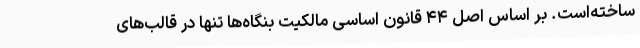
ساخته‌است. بر اساس اصل ۴۴ قانون اساسی مالکیت بنگاه‌ها تنها در قالب‌های